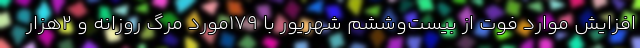
افزایش موارد فوت از بیست‌وششم شهریور با ۱۷۹مورد مرگ روزانه و ۲هزار